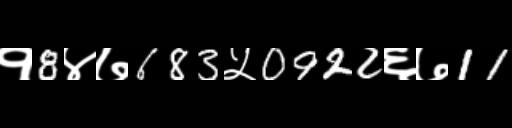
Text: १8४७683५0922६७11